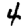
Digit: 4